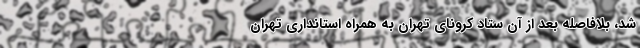
شد، بلافاصله بعد از آن ستاد کرونای تهران به همراه استانداری تهران